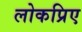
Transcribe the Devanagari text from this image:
लोकप्रिए